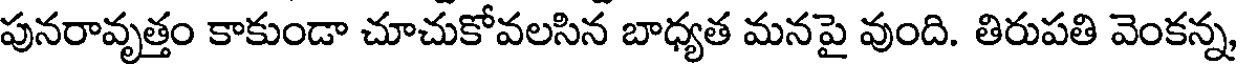
పునరావృత్తం కాకుండా చూచుకోవలసిన బాధ్యత మనపై వుంది. తిరుపతి వెంకన్న